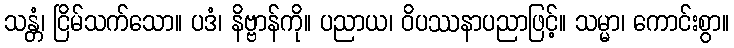
သန္တံ၊ ငြိမ်သက်သော။ ပဒံ၊ နိဗ္ဗာန်ကို။ ပညာယ၊ ဝိပဿနာပညာဖြင့်။ သမ္မာ၊ ကောင်းစွာ။